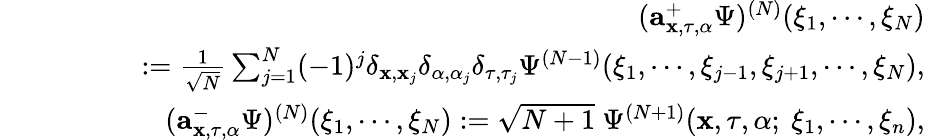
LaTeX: \begin{array}{rlr}&{}&{({\mathbf a}_{{\mathbf x},\tau,\alpha}^{+}\Psi)^{(N)}(\xi_{1},\cdots,\xi_{N})}\\ &{}&{\quad\quad\quad:=\frac{1}{\sqrt{N}}\sum_{j=1}^{N}(-1)^{j}\delta_{{\mathbf x},{\mathbf x}_{j}}\delta_{\alpha,\alpha_{j}}\delta_{\tau,\tau_{j}}\Psi^{(N-1)}(\xi_{1},\cdots,\xi_{j-1},\xi_{j+1},\cdots,\xi_{N}),}\\ &{}&{({\mathbf a}_{{\mathbf x},\tau,\alpha}^{-}\Psi)^{(N)}(\xi_{1},\cdots,\xi_{N}):=\sqrt{N+1}\ \Psi^{(N+1)}({\mathbf x},\tau,\alpha;\ \xi_{1},\cdots,\xi_{n}),}\end{array}